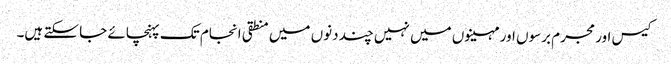
کیس اور مجرم برسوں اور مہینوں میں نہیں چند دنوں میں منطقی انجام تک پہنچائے جا سکتے ہیں۔